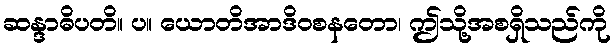
ဆန္ဒာဓိပတိ။ ပ။ ယောတိအာဒိဝစနတော၊ ဤသို့အစရှိသည်ကို